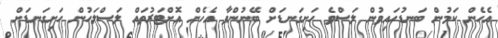
އެހެން ކަމުން ބަނޑުހައިވުން ލަސްވެ ހަށިގަނޑަށް ބޭނުންވާ އެހެން އޮށްޓަރުތައް ލަސްލަހުން ހަށިގަނޑަށް